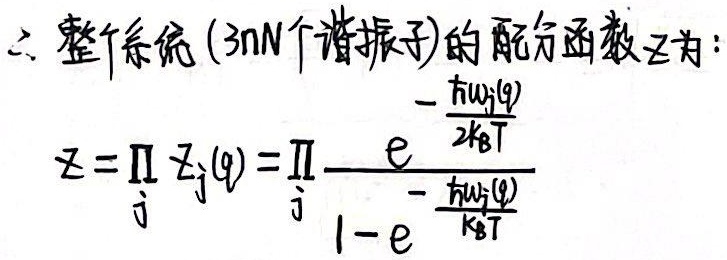
\(\therefore\) 整个系统（\(3nN\)个谐振子）的配分函数\(Z\)为：

\[Z=\prod_{j} Z_{j}(q)=\prod_{j} \frac{e^{-\frac{\hbar \omega_{j}(q)}{2k_{\text{B}}T}}}{1 - e^{-\frac{\hbar \omega_{j}(q)}{k_{\text{B}}T}}}\]